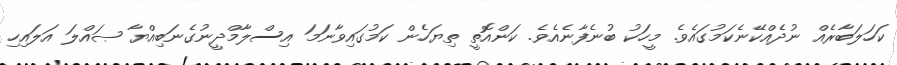
ކަހަލަބާރެއް ނުދެއްކޭނެކަމުގައެވެ. މީހަކު ބުނެފާނެއެވެ. ކަންއޮތީ ތިޔަހެން ކަމުގައިވާނަމަ އިސްލާމްދީނުގެނަބިއްޔާ ޞައްލަ އަލައިހި